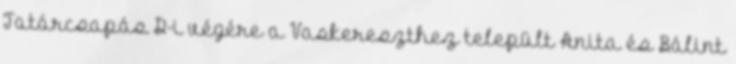
Tatárcsapás D-i végére a Vaskereszthez települt Anita és Bálint